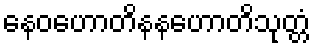
နေဝဟောတိနနဟောတိသုတ္တံ